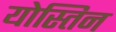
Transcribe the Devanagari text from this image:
योस्तिन